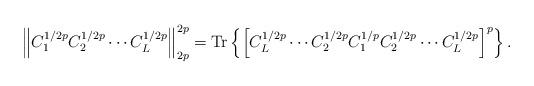
LaTeX: \begin{align*}\left\Vert C_{1}^{1/2p}C_{2}^{1/2p}\cdots C_{L}^{1/2p}\right\Vert _{2p}^{2p}=\operatorname{Tr}\left\{ \left[ C_{L}^{1/2p}\cdots C_{2}^{1/2p}C_{1}^{1/p}C_{2}^{1/2p}\cdots C_{L}^{1/2p}\right] ^{p}\right\} .\end{align*}